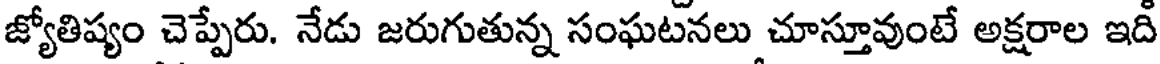
జ్యోతిష్యం చెప్పేరు. నేడు జరుగుతున్న సంఘటనలు చూస్తూవుంటే అక్షరాల ఇది